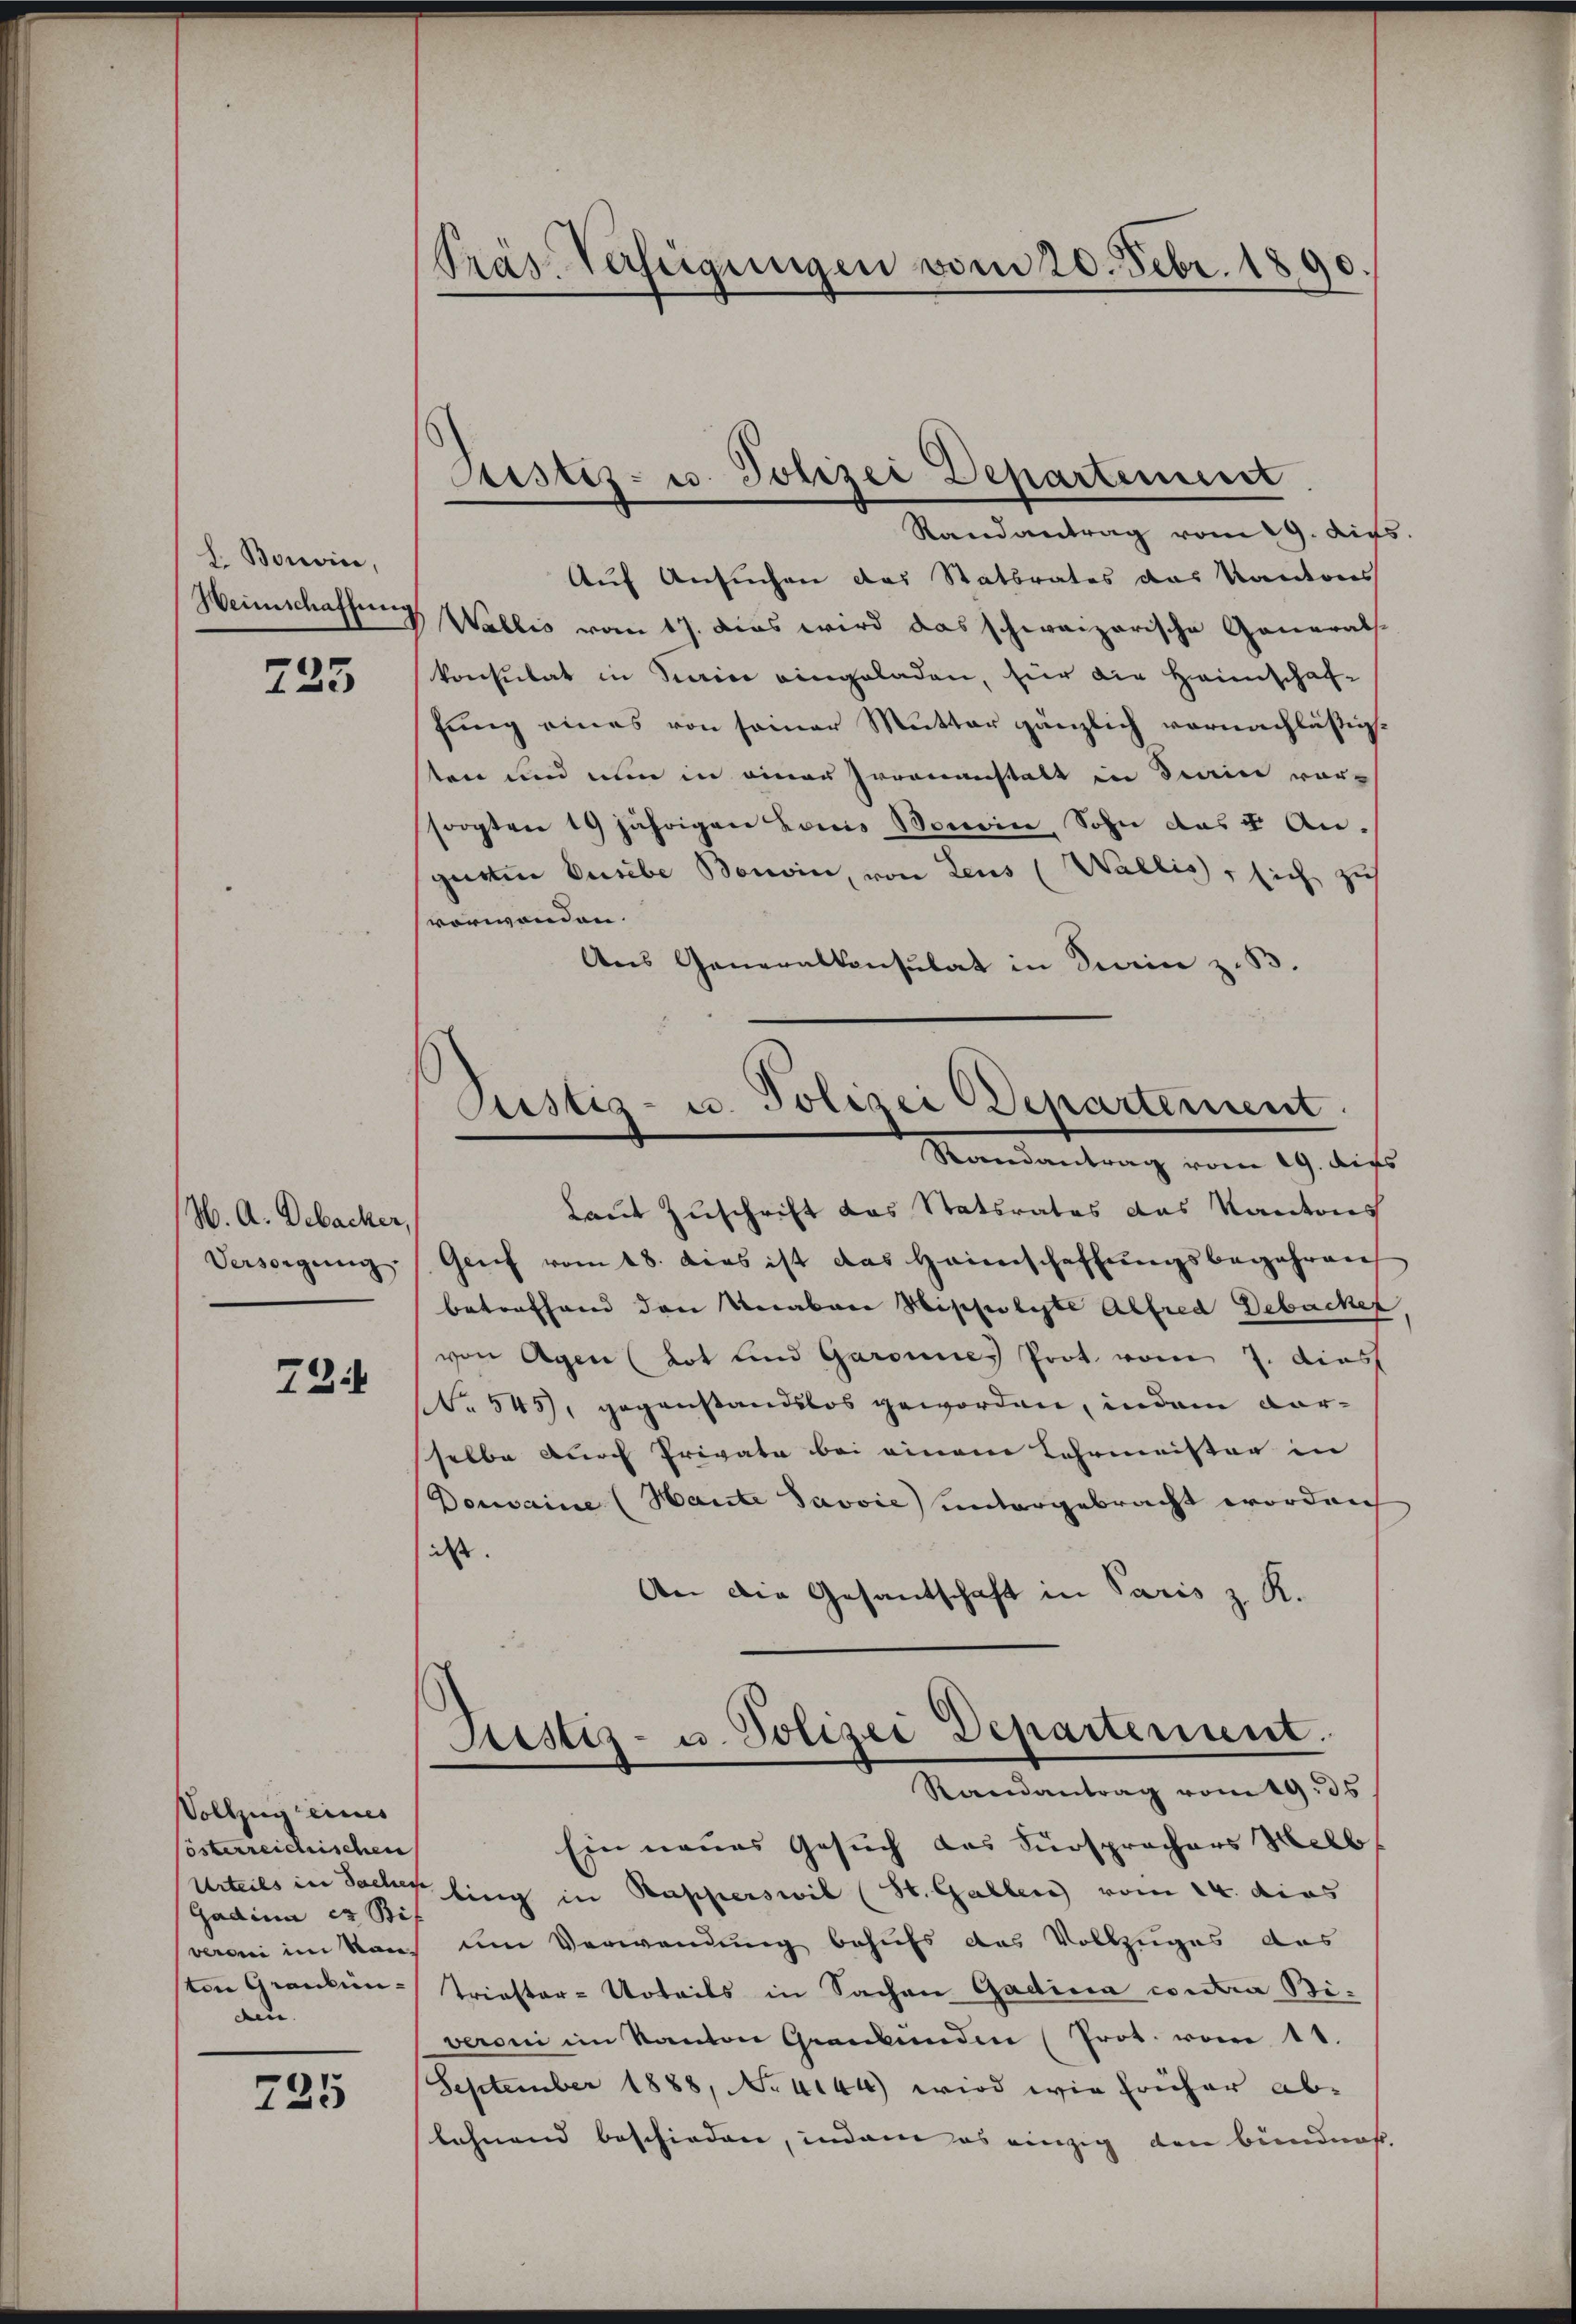
L. Bonvic,
Weinschaffung

225

H. A. Debacker,
Versorgung

73

Vollzug eines
lösterreichischen
Gadina er Bi
veroni im San
ten Grauben-
den.

725

PPräs. Verfügungen vom 20. Febr. 1890

Justiz- u. Polizei Departenunt
Randantrag vom 29. Aus

Justiz- u. Polizei Departement
Randantrag vom 19. dies

Auf Ansuchen das Statbrates das Kantons
Wallis vom 17. Das wird das schweizerische Generals-
konsulat in Sain eingeladen, für die Heimschaf-
fung eines von seiner Mutter gänzlich vornachläßigten und nun in einer Irrenanstalt in Serie vor-
sorgten 19 jährigen Louis Sonein, Sohn das 4 An-
garten Pusibe Bonoin, von Leus (Wallis, sich zu
vorwenden.
Aus Generalkonsulat in Dein z. B.
Laut Zuschrift das Statsrates das Kantons
Grief vom 18. dies ist das Haimschaffŭngsbegehren
betreffend den Verabene Hischoliste Alfred Debackel
von Agen (Lot und Garannes Prot. vom 7. diest
No 545, gegenstandslos geworden, indem vorsselbe durch Private bei einem Lehrmeister in
Donvaine (Haute Javvie) untergebracht worden
iss.
An die Gesandschaft in Paris z. R.
Justiz- u. Polizei Departenunt
Randantrag vom 19. ds
Ein neues Gesuch des Fürsprochers Helb
Urteils in Sacher fing in Kapperswil (St. Gallen vom 14. dies
um Verwendung behufs das Vollzuges das
Triester-Urteils in Sachen Gadica contra Biveroni im Kanton Graubünden (Prot. vom 11.
September 1888, No. 4144) wird wie früher ab-
lehnend beschieden, indem es einzig den Bündniß